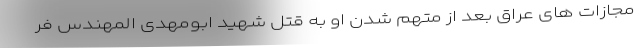
مجازات های عراق بعد از متهم شدن او به قتل شهید ابومهدی المهندس فر